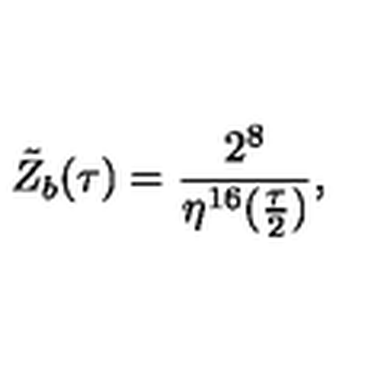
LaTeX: { \tilde { Z } } _ { b } ( \tau ) = \frac { 2 ^ { 8 } } { \eta ^ { 1 6 } ( \frac { \tau } { 2 } ) } ,